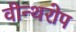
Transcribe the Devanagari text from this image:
वीन्थरोप